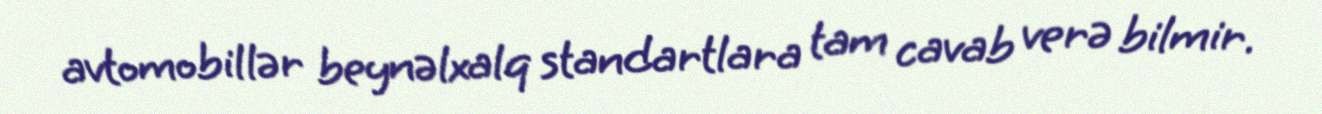
avtomobillər beynəlxalq standartlara tam cavab verə bilmir.